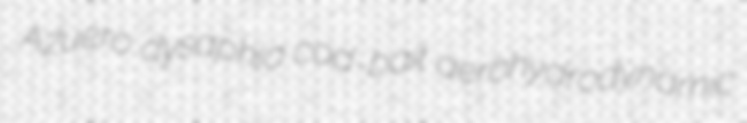
Azuero dysaphia cod-bait aerohydrodynamic